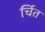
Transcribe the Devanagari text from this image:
र्चित